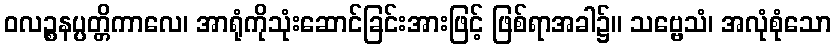
ဝလဉ္စနပ္ပတ္တိကာလေ၊ အာရုံကိုသုံးဆောင်ခြင်းအားဖြင့် ဖြစ်ရာအခါ၌။ သဗ္ဗေသံ၊ အလုံစုံသော